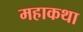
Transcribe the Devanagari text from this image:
महाकथा